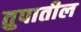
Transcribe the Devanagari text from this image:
तुपातील